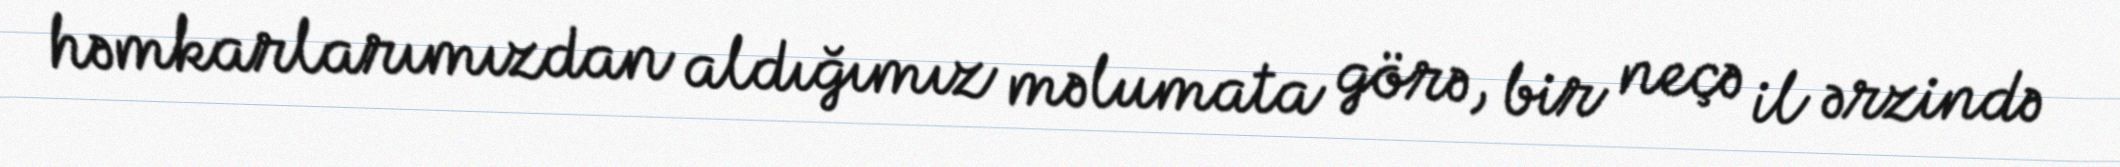
həmkarlarımızdan aldığımız məlumata görə, bir neçə il ərzində